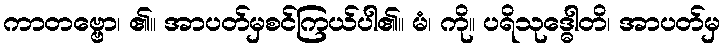
ကာတဗ္ဗော၊ ၏။ အာပတ်မှစင်ကြယ်ပါ၏။ မံ၊ ကို။ ပရိသုဒ္ဓေါတိ၊ အာပတ်မှ